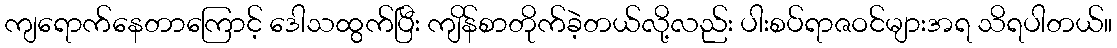
ကျရောက်နေတာကြောင့် ဒေါသထွက်ပြီး ကျိန်စာတိုက်ခဲ့တယ်လို့လည်း ပါးစပ်ရာဇဝင်များအရ သိရပါတယ်။